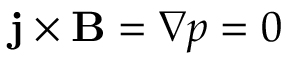
\mathbf { j } \times \mathbf { B } = \nabla p = 0